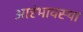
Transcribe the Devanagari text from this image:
आरंभावस्था